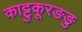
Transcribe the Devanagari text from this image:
काट्टुकूरङङु